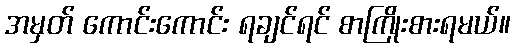
အမှတ် ကောင်းကောင်း ရချင်ရင် စာကြိုးစားရမယ်။